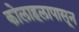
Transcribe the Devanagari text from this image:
कोलाहलापासून